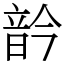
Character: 䪩